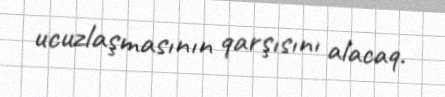
ucuzlaşmasının qarşısını alacaq.